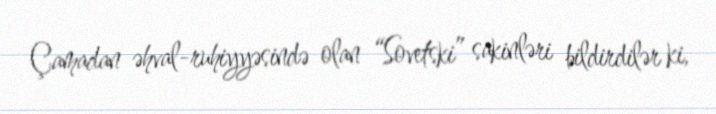
Çamadan əhval-ruhiyyəsində olan “Sovetski” sakinləri bildirdilər ki,